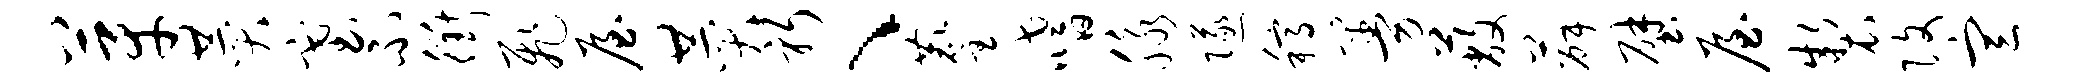
芽赞塞不衢飞屋赞躬、麈嗜脉隧稿曼蔽薛壁屋制改宣